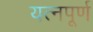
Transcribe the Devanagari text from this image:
यत्नपूर्ण